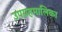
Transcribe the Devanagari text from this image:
उपग्रहमालिका